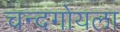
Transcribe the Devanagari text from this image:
चन्दगोयला